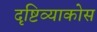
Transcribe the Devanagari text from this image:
दृष्टिव्याकोस